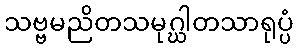
သဗ္ဗမညိတသမုဂ္ဃါတသာရုပ္ပံ